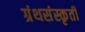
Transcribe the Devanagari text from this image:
ग्रंथसंस्कृती